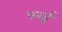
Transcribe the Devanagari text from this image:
पनई